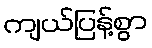
ကျယ်ပြန့်စွာ